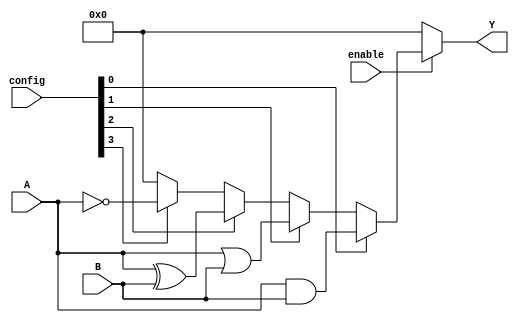
module combinational_logic_block (
    input wire [3:0] A,          // Input signals (4-bit)
    input wire [3:0] B,          // Input signals (4-bit)
    input wire [3:0] config,     // Configuration signals (for programmable logic)
    input wire enable,            // Control signal to enable logic operations
    output wire [3:0] Y          // Output signals (4-bit)
);

// Internal signals for logic operations
wire [3:0] and_result;
wire [3:0] or_result;
wire [3:0] xor_result;
wire [3:0] not_A;
wire [3:0] not_B;

// Logic operations
assign and_result = A & B;       // AND operation
assign or_result  = A | B;       // OR operation
assign xor_result = A ^ B;       // XOR operation
assign not_A      = ~A;          // NOT operation on A
assign not_B      = ~B;          // NOT operation on B

// Output selection based on configuration
// Configuration bits determine which logic function to output
assign Y = (enable) ? 
           (config[0] ? and_result :
           (config[1] ? or_result :
           (config[2] ? xor_result :
           (config[3] ? not_A : 4'b0000)))) 
           : 4'b0000; // Default output when not enabled

endmodule